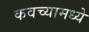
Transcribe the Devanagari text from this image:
कवच्यामध्ये